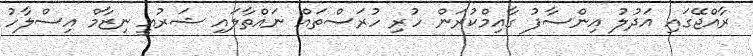
ރާއްޖޭގައި އަދުލު އިންސާފު ގާއިމްކުރަން ހުރި ހުރަސްތައް ނައްތާލައި ޝަރުއީ ނިޒާމް އިސްލާހު